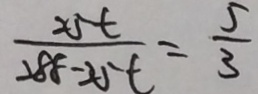
\frac { 2 5 t } { 2 8 8 - 2 5 t } = \frac { 5 } { 3 }